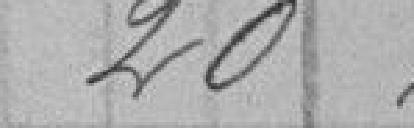
20,00